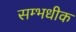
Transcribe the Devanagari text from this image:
सम्भधीक